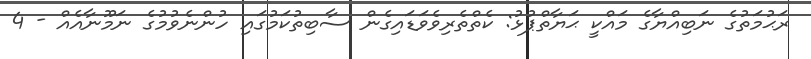
ރަޙުމަތުގެ ނަބިއްޔާގެ މައްކީ ޙަޔާތްޕުޅު: ކެތްތެރިވެވަޑައިގެން ސާބިތުކަމުގައި ހުންނެވުމުގެ ނަމޫނާއެއް - 4